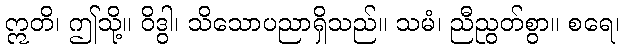
ဣတိ၊ ဤသို့။ ဝိဒွါ၊ သိသောပညာရှိသည်။ သမံ၊ ညီညွတ်စွာ။ စရေ၊